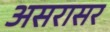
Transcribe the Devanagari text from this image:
असरासर